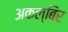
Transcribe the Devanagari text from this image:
अकल्बिर